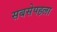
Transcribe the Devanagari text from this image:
सबसेपहला